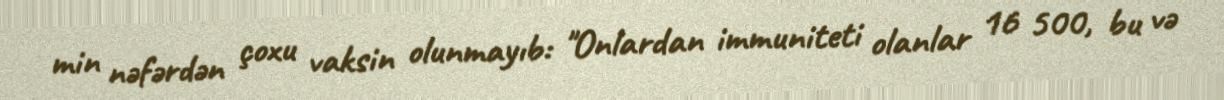
min nəfərdən çoxu vaksin olunmayıb: "Onlardan immuniteti olanlar 16 500, bu və